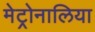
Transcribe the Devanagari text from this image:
मेट्रोनालिया